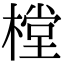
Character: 樘